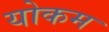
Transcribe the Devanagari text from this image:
योकम